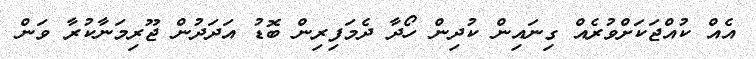
އެއް ކުއްޖަކަށްވުރެއް ގިނައިން ކުދިން ހޯދާ ދެމަފިރިން ބޮޑު އަދަދުން ޖޫރިމަނާކުރާ ވަން